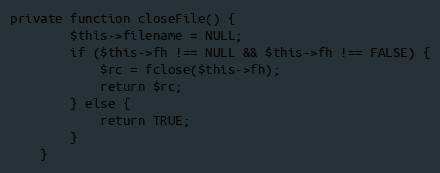
Language: PHP
private function closeFile() {
        $this->filename = NULL;
        if ($this->fh !== NULL && $this->fh !== FALSE) {
            $rc = fclose($this->fh);
            return $rc;
        } else {
            return TRUE;
        }
    }